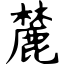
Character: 麓